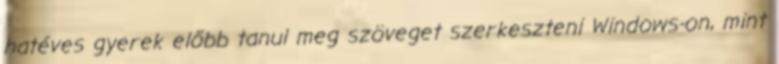
hatéves gyerek előbb tanul meg szöveget szerkeszteni Windows-on, mint